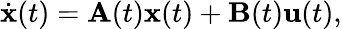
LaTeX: {\dot{\mathbf{x}}}(t)=\mathbf{A}(t)\mathbf{x}(t)+\mathbf{B}(t)\mathbf{u}(t),